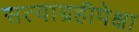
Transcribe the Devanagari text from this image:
सत्याग्रहीपेक्षा